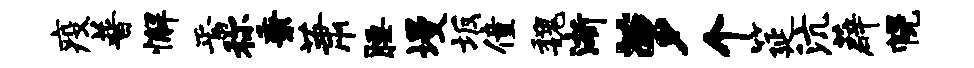
疫普懈焉称秉萧腰墁坂僮魏渐萝个筵沆薜幌